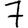
Digit: 7